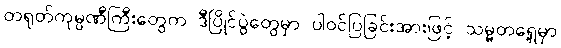
တရုတ်ကုမ္ပဏီကြီးတွေက ဒီပြိုင်ပွဲတွေမှာ ပါဝင်ပြခြင်းအားဖြင့် သမ္မတရှေ့မှာ